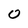
Character: O